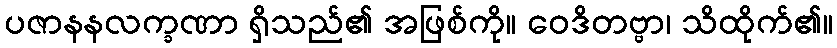
ပဇာနနလက္ခဏာ ရှိသည်၏ အဖြစ်ကို။ ဝေဒိတဗ္ဗာ၊ သိထိုက်၏။